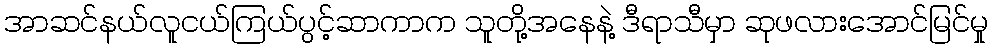
အာဆင်နယ်လူငယ်ကြယ်ပွင့်ဆာကာက သူတို့အနေနဲ့ ဒီရာသီမှာ ဆုဖလားအောင်မြင်မှု